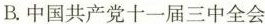
B.中国共产党十一届三中全会